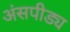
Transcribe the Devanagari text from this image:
अंसपीड्य